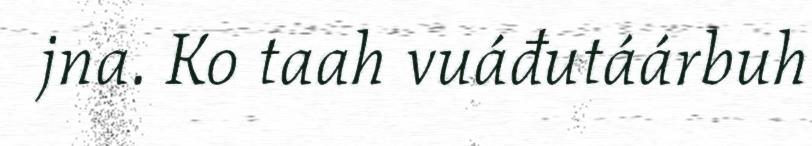
jna. Ko taah vuáđutáárbuh